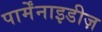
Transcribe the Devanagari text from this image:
पार्मेंनाइडीज़